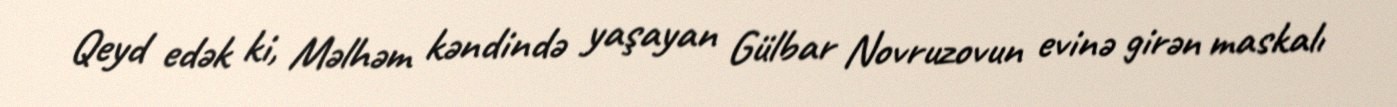
Qeyd edək ki, Məlhəm kəndində yaşayan Gülbar Novruzovun evinə girən maskalı